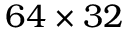
6 4 \times 3 2